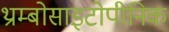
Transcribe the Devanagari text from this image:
थ्राम्बोसाइटोपीनिक